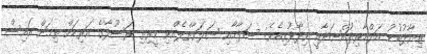
ޒިޔާދުބުނު އަލްޙާރިޘުއްޞަދާއީ ވިދާޅުވިއެވެ: ސަލާމާއި ޞަލަވާތްލެއްވި ކީރިތި ރަސޫލާގެ އަރިހަށް ތިމަން އައިސް